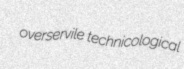
overservile technicological